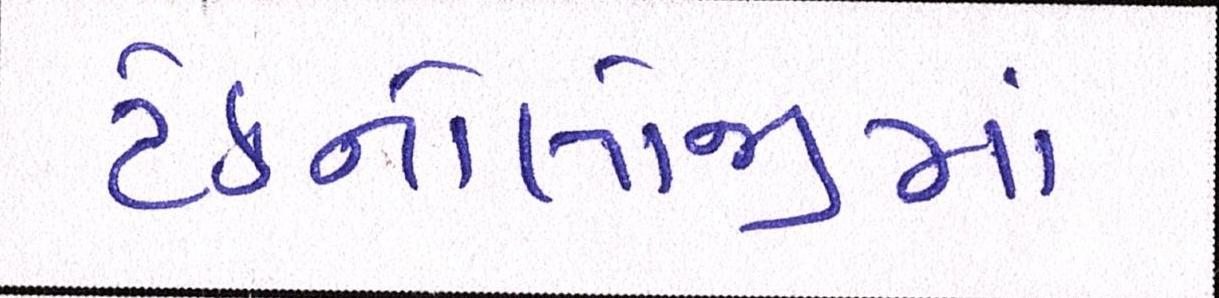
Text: ટેક્નોલોજીમાં